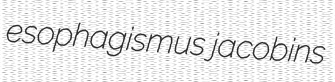
esophagismus jacobins